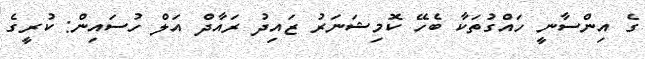
ގެ އިންސާނީ ހައްގުތަކާ ބެހޭ ކޮމިޝަނަރު ޒައިދު ރައާދް އަލް ހުސައިން: ކުރީގެ